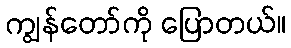
ကျွန်တော်ကို ပြောတယ်။